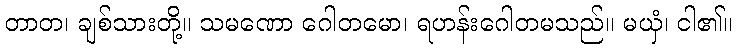
တာတ၊ ချစ်သားတို့။ သမဏော ဂေါတမော၊ ရဟန်းဂေါတမသည်။ မယှံ၊ ငါ၏။